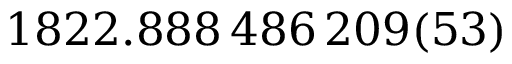
1 8 2 2 . 8 8 8 \, 4 8 6 \, 2 0 9 ( 5 3 )